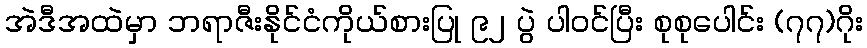
အဲဒီအထဲမှာ ဘရာဇီးနိုင်ငံကိုယ်စားပြု ၉၂ ပွဲ ပါဝင်ပြီး စုစုပေါင်း (၇၇)ဂိုး